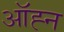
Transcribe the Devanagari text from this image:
ऑह्न